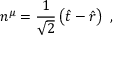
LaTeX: n ^ { \mu } = { \frac { 1 } { \sqrt { 2 } } } \left( { \hat { t } } - { \hat { r } } \right) \ ,